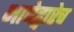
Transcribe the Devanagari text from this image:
भाषेद्वारेच